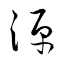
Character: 源